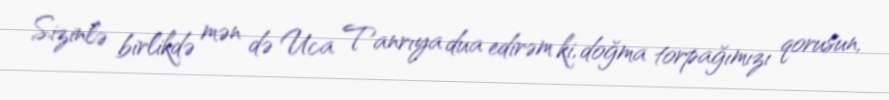
Sizinlə birlikdə mən də Uca Tanrıya dua edirəm ki, doğma torpağımızı qorusun,